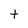
Character: t